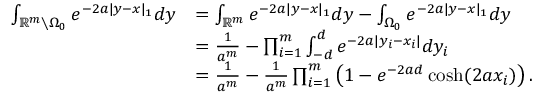
\begin{array} { r l } { \int _ { \mathbb { R } ^ { m } \setminus { \Omega _ { 0 } } } e ^ { - 2 a | y - x | _ { 1 } } d y } & { = \int _ { \mathbb { R } ^ { m } } e ^ { - 2 a | y - x | _ { 1 } } d y - \int _ { { \Omega _ { 0 } } } e ^ { - 2 a | y - x | _ { 1 } } d y } \\ & { = \frac { 1 } { a ^ { m } } - \prod _ { i = 1 } ^ { m } \int _ { - d } ^ { d } e ^ { - 2 a | y _ { i } - x _ { i } | } d y _ { i } } \\ & { = \frac { 1 } { a ^ { m } } - \frac { 1 } { a ^ { m } } \prod _ { i = 1 } ^ { m } \left( 1 - e ^ { - 2 a d } \cosh ( 2 a x _ { i } ) \right) . } \end{array}